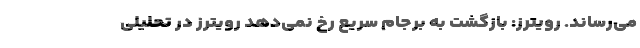
می‌رساند. رویترز: بازگشت به برجام سریع رخ نمی‌دهد رویترز در تحلیلی